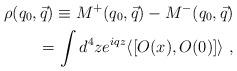
LaTeX: \begin{align*}\rho(q_0,\vec{q}) \equiv M^+(q_0,\vec{q}) - M^-(q_0,\vec{q}) \\= \int d^4 z e^{iqz} \langle [O (x), O(0) ] \rangle~,\end{align*}